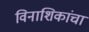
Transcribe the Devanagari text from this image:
विनाशिकांचा